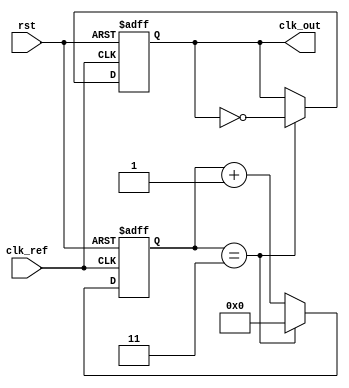
module PLL (
    input wire clk_ref,        // Reference clock input
    input wire rst,            // Active high reset
    output reg clk_out         // PLL output clock
);

// Parameters
parameter DIV_RATIO = 4;     // Frequency Divider ratio
parameter LOOP_FILTER_GAIN = 2; // Loop filter gain constant

// Internal signals
reg [15:0] phase_error;      // Phase error signal
reg [15:0] control_voltage;   // Control voltage for VCO
reg [15:0] vco_frequency;     // VCO frequency control
reg [15:0] vco_divided;       // Feedback clock signal after division
reg [3:0] divider_count;      // Frequency divider count

// Phase Detector (PD)
always @(posedge clk_ref or posedge rst) begin
    if (rst) begin
        phase_error <= 16'b0;
    end else begin
        // Simple phase detector logic (edge detection)
        if (clk_ref && !vco_divided) begin
            phase_error <= phase_error + 16'b1; // VCO is lagging
        end else if (!clk_ref && vco_divided) begin
            phase_error <= phase_error - 16'b1; // VCO is leading
        end
    end
end

// Loop Filter (LF) - Simple first-order filter
always @(posedge clk_ref or posedge rst) begin
    if (rst) begin
        control_voltage <= 16'b0;
    end else begin
        control_voltage <= control_voltage + (phase_error / LOOP_FILTER_GAIN);
    end
end

// Voltage-Controlled Oscillator (VCO)
always @(posedge clk_ref or posedge rst) begin
    if (rst) begin
        vco_frequency <= 16'd100;  // Initial frequency
    end else begin
        // Adjust VCO frequency based on control voltage
        vco_frequency <= control_voltage;
    end
end

// Frequency Divider
always @(posedge clk_ref or posedge rst) begin
    if (rst) begin
        divider_count <= 4'b0;
        clk_out <= 1'b0;
    end else begin
        if (divider_count == DIV_RATIO - 1) begin
            clk_out <= ~clk_out; // Toggle output clock
            divider_count <= 4'b0; // Reset divider count
        end else begin
            divider_count <= divider_count + 1'b1;
        end
    end
end

// Feedback clock generation from VCO output
always @(posedge clk_ref) begin
    vco_divided <= clk_out; // Feedback connection
end

endmodule